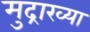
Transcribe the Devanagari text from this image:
मुद्राख्या